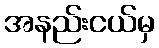
အနည်းငယ်မှ